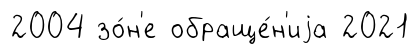
2004 зо́н'е обраще́н'иjа 2021